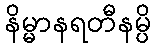
နိမ္မာနရတီနမ္ပိ